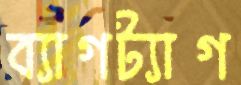
ব্যাগট্যাগ